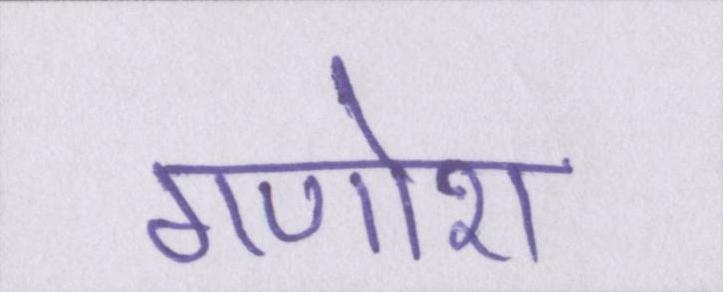
गणोश